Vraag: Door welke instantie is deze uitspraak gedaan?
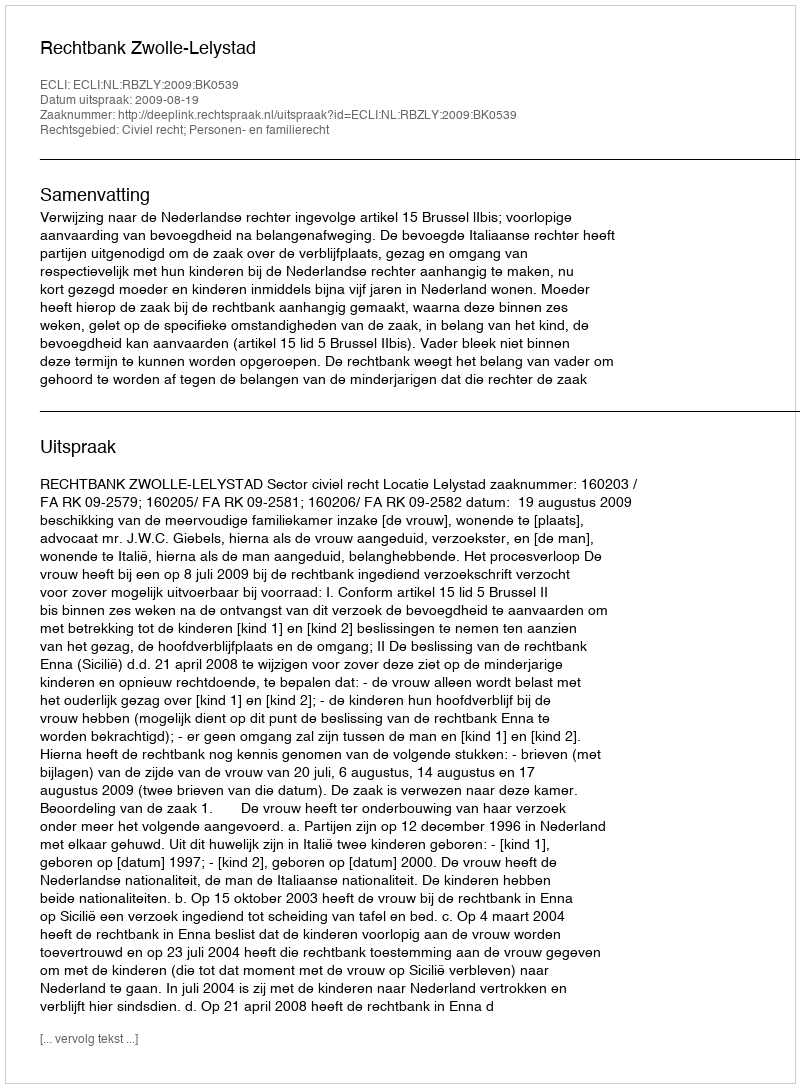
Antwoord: Rechtbank Zwolle-Lelystad